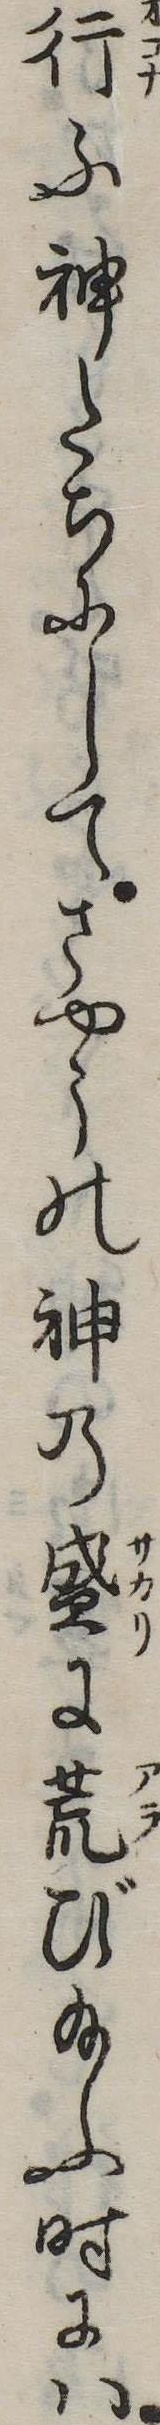
行ふ神たちにしてさやうの神の盛に荒び給ふ時には